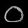
Digit: ၀